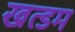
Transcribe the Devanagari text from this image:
खत्डम